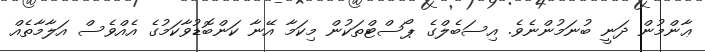
ޢާންމުން ދަނީ ބުނަމުންނެވެ. އިސަބެލްގެ ޕޯސްޓްތަކުން މިކަމާ އޭނާ ކަންބޮޑުވާކަމުގެ އެއްވެސް އަލާމާތެއް